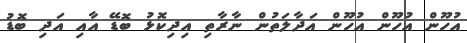
އުހޫން އުހޫން އުހޫން އަދާލަތުން ނާރާތި އިދިކޮޅު ބޮޑޭ އާއި އަދި ބޮޑު